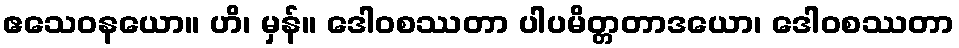
ဧသေဝနယော။ ဟိ၊ မှန်။ ဒေါဝစဿတာ ပါပမိတ္တတာဒယော၊ ဒေါဝစဿတာ